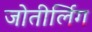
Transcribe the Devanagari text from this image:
जोतीर्लिग